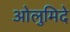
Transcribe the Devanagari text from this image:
ओलुमिदे